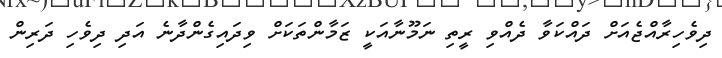
ދިވެހިރާއްޖެއަށް ދައްކަވާ ދެއްވި ރީތި ނަމޫނާއަކީ ޒަމާންތަކަށް ވިދައިގެންދާނެ އަދި ދިވެހި ދަރިން